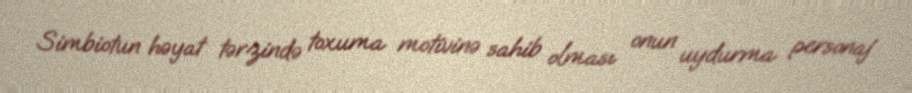
Simbiotun həyat tərzində toxuma motivinə sahib olması onun uydurma personaj